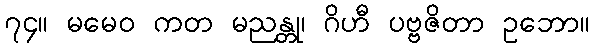
၇၄။ မမေဝ ကတ မညန္တု၊ ဂိဟီ ပဗ္ဗဇိတာ ဥဘော။